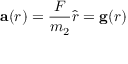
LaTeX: \mathbf { a } ( r ) = { \frac { F } { m _ { 2 } } } { \hat { r } } = \mathbf { g } ( r )